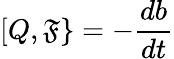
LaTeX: [Q,\mathfrak{F}\} =-{\frac{{db}}{{dt}}}